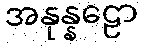
အနုန္နဠော